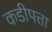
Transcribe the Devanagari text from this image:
कडीपत्ता